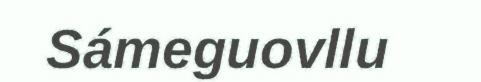
Sámeguovllu